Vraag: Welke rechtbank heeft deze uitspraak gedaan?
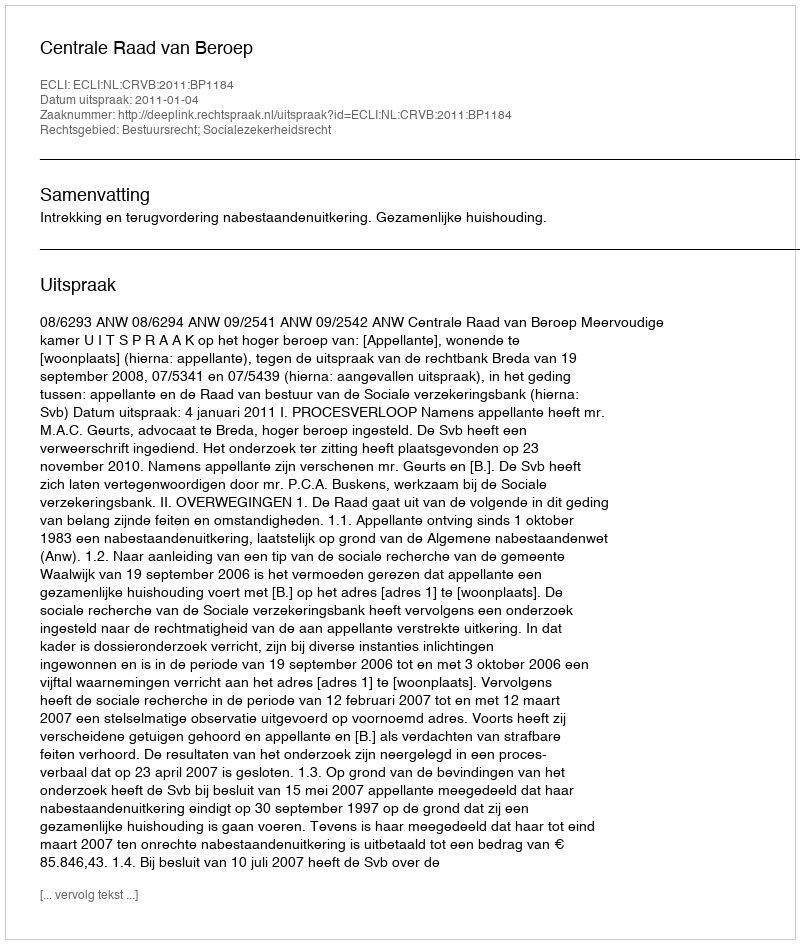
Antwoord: Centrale Raad van Beroep